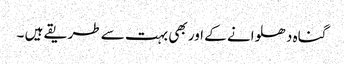
گناہ دھلوانے کے اور بھی بہت سے طریقے ہیں ۔